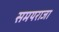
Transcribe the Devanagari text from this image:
समयराजा